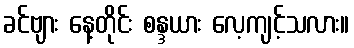
ခင်ဗျား နေ့တိုင်း စန္ဒယား လေ့ကျင့်သလား။